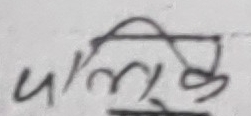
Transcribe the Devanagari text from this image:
पालिका